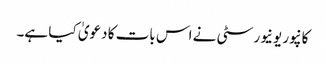
کانپور یونیورسٹی نے اس بات کا دعویٰ کیا ہے۔